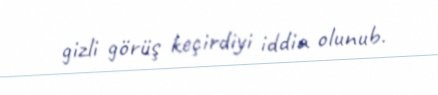
gizli görüş keçirdiyi iddia olunub.